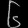
Digit: ၆